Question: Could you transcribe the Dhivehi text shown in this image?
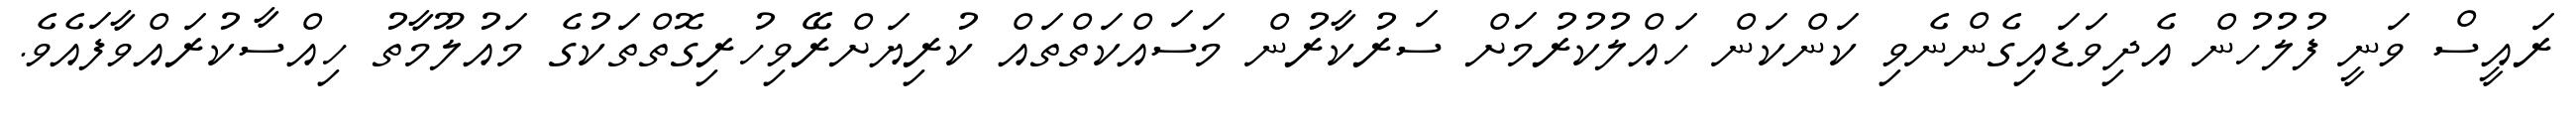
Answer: ރައީސް ވަނީ ފުލުހުން އެދިވަޑައިގެންނެވި ކަންކަން ހައްލުކުރުމަށް ސަރުކާރުން މަސައްކަތްތައް ކުރިޔަށްރޭވިހުރިގޮތްތަކުގެ މައުލޫމާތު ހިއްސާކުރައްވާފައެވެ.